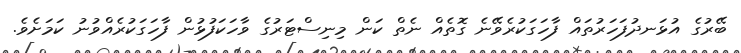
ބޭރުގެ އުޅަނދުފަހަރުތައް ފާހަގަކުރެވޭނެ ގޮތެއް ނެތް ކަން މިނިސްޓަރުގެ ވާހަކަފުޅުން ފާހަގަކުރެއްވުނު ކަމަށެވެ.